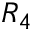
R _ { 4 }